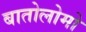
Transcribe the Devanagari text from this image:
बातोलोमो